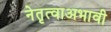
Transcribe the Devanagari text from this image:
नेतृत्वाअभावी